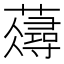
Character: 𧂗